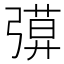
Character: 𢐖